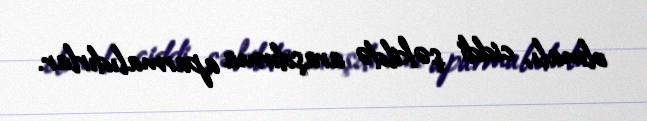
olmalı, ciddi şəkildə araşdırma aparmalıdırlar.